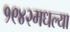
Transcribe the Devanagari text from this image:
१९४२मधल्या